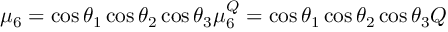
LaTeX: \mu _ { 6 } = \cos \theta _ { 1 } \cos \theta _ { 2 } \cos \theta _ { 3 } \mu \sp Q _ { 6 } = \cos \theta _ { 1 } \cos \theta _ { 2 } \cos \theta _ { 3 } Q